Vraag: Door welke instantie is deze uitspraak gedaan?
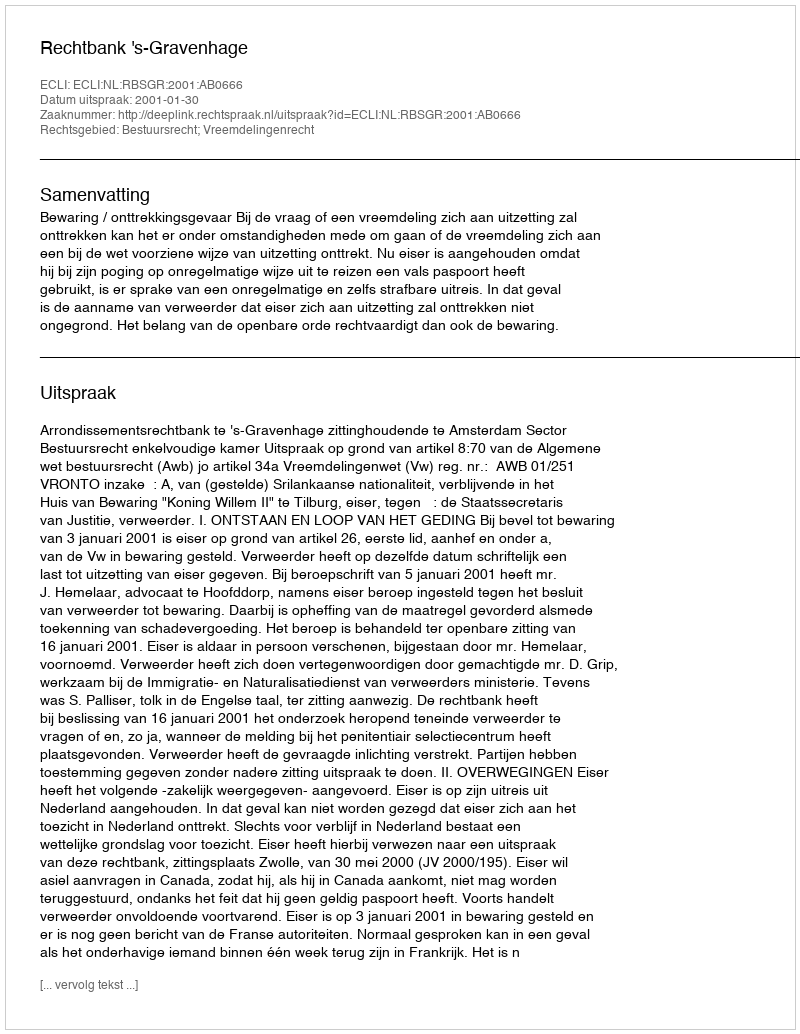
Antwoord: Rechtbank 's-Gravenhage